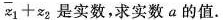
$$\overline { z _{ 1 } } + z _ { 2 }$$ 是实数，求实数 a 的值。